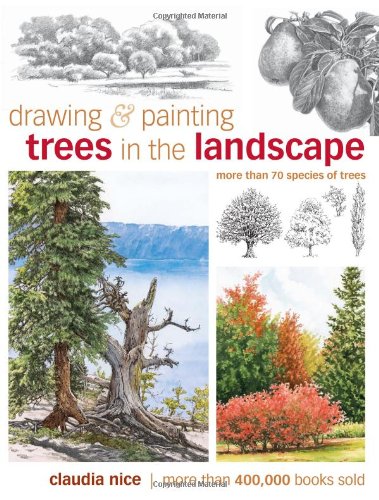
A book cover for Drawing & Painting Trees in the Landscape; Claudia Nice; Arts & Photography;